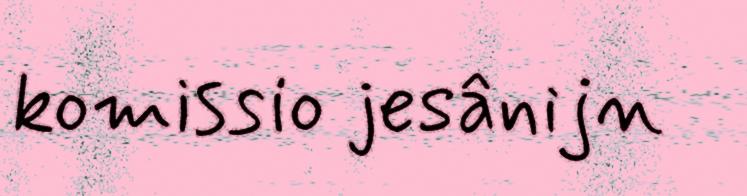
komissio jesânijn